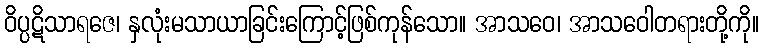
ဝိပ္ပဋိသာရဇေ၊ နှလုံးမသာယာခြင်းကြောင့်ဖြစ်ကုန်သော။ အာသဝေ၊ အာသဝေါတရားတို့ကို။